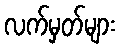
လက်မှတ်များ